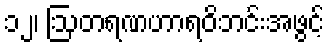
၁၂၊ ဩတရဏဟာရဝိဘင်းအဖွင့်